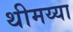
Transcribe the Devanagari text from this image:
थीमय्या